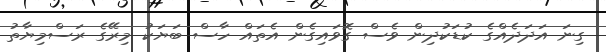
ގިނަ އަދަދެއްގެ ކުޑަކުދިން ވެސް ގޮވައިގެން އެތައް ހާސް ބަޔަކު މިރޭގެ ރަސްމިޔާތު